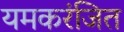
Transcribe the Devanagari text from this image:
यमकरंजित